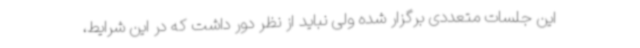
این جلسات متعددی برگزار شده ولی نباید از نظر دور داشت که در این شرایط،